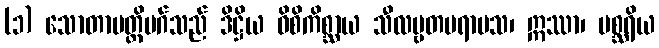
(၁) သောတာပတ္တိမဂ်သည် ဒိဋ္ဌိယ ဝိစိကိစ္ဆာယ သီလဗ္ဗတပရာမသ၊ ဣဿာ၊ မစ္ဆရိယ